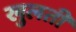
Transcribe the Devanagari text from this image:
खुलतीं